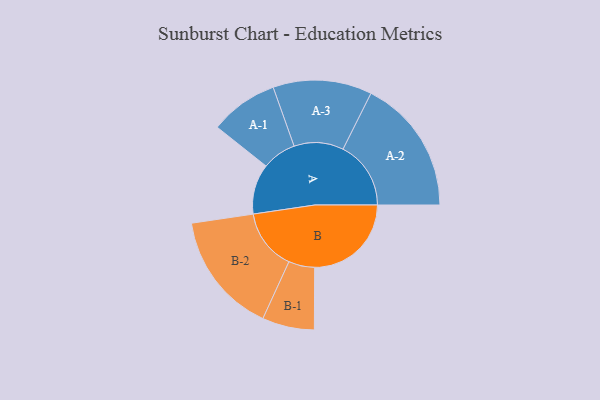
{"axis": {"x": "Segment", "y": "Value"}, "legend": ["", "A", "B"], "data": [{"x": "A", "y": 204, "type": ""}, {"x": "B", "y": 393, "type": ""}, {"x": "A-1", "y": 139, "type": "A"}, {"x": "A-2", "y": 276, "type": "A"}, {"x": "A-3", "y": 201, "type": "A"}, {"x": "B-1", "y": 106, "type": "B"}, {"x": "B-2", "y": 248, "type": "B"}]}